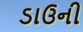
ડાઉની